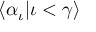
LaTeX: \langle \alpha _ { \iota } | \iota < \gamma \rangle